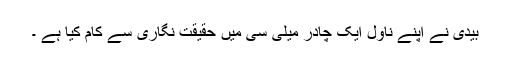
بیدی نے اپنے ناول ایک چادر میلی سی میں حقیقت نگاری سے کام کیا ہے ۔